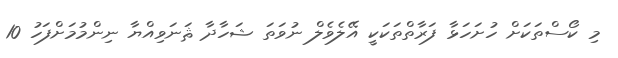
މި ކޯސްތަކަށް ހުށަހަޅާ ފަރާތްތަކަކީ އޭލެވެލް ނުވަތަ ޝަހާދާ ޘަނަވިއްޔާ ނިންމުމަށްފަހު 10